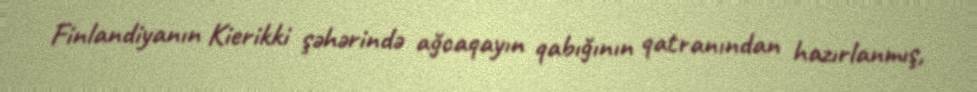
Finlandiyanın Kierikki şəhərində ağcaqayın qabığının qatranından hazırlanmış,